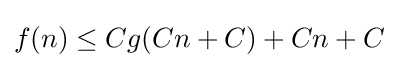
f(n)\leq Cg(Cn+C)+Cn+C